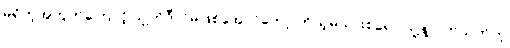
မရှိတဲ့အတွက်ကြောင့် သူ့ကိုဒီလိုမဖြစ်အောင်တော့ ကိုယ့်မိသားစုရော သူ့နဲ့ ပတ်သက်တဲ့